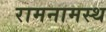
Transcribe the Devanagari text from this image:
रामनामस्थ